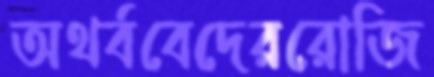
অথর্ববেদেররোজি